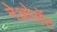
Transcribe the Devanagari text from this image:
नेओसॅट